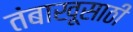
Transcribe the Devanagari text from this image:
तंबाखूसाठी